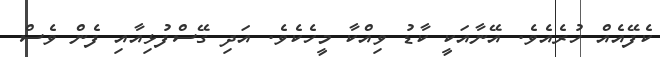
ކެފޭއެއް ހުރެއެވެ. އޭނާއަކީ ކާޑު ވިއްކާ މީހެކެވެ. އަދި ގޭސްފުޅިއާއި ފެން ވެސް